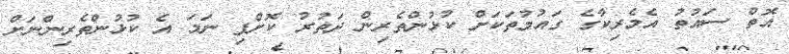
އޮތް ސައުތު އެމެރިކާގެ ގައުމުތަކަށް ކުޅުންތެރިން ދަަތުރު ކޮށްފި ނަމަ އެ ކުޅުންތެރިންނަށް